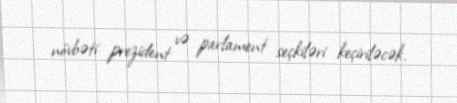
növbəti prezident və parlament seçkiləri keçiriləcək.